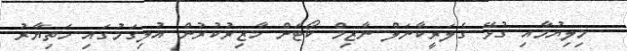
މިލިޔުމާއި ގުޅޭ ގެލަރީކާނަލް ނާޒިމް ކޯޓަށް ހާޒިރުކުރުން އުލިގަމުގައި ހަތިޔާރު